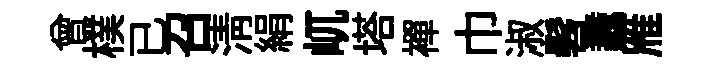
曾樸已召清絹屼塔襌巾淑髫纛雁